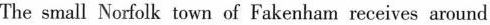
The small Norfolk town of Fakenhamreceives around